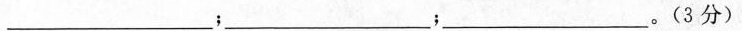
___﹔___；___。(3分)